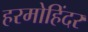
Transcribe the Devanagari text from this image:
हरमोहिंदर